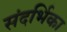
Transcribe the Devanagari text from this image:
संदर्भिका